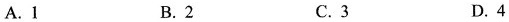
A.1 B.2 C.3 D.4